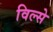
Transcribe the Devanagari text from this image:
विल्से